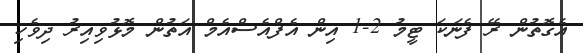
އެގޮތުން ރޭ ފެނަކަ ޓީމު 2-1 އިން އެފްއެސްއެމް އަތުން މޮޅުވިއިރު ދިވެހި